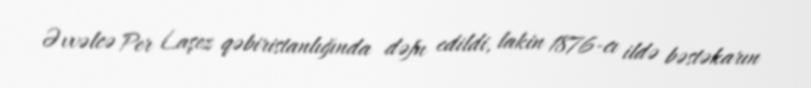
Əvvəlcə Per Laşez qəbiristanlığında dəfn edildi, lakin 1876-cı ildə bəstəkarın